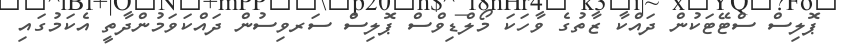
ޕޮލިސް ސްޓޭޓަކުން ދައްކާ ޒާތުގެ ވާހަކަ މޯލްޑިވްސް ޕޮލިސް ސަރވިސުން ދައްކަވަމުންދާތީ އެކަމުގައި